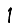
Digit: 1